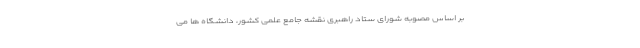
بر اساس مصوبه شورای ستاد راهبری نقشه جامع علمی کشور، دانشگاه ها می